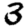
Digit: 3